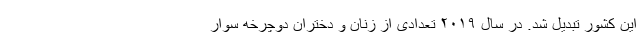
این کشور تبدیل شد. در سال ۲۰۱۹ تعدادی از زنان و دختران دوچرخه سوار